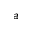
a